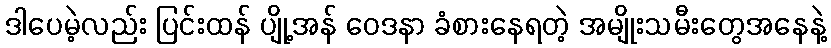
ဒါပေမဲ့လည်း ပြင်းထန် ပျို့အန် ဝေဒနာ ခံစားနေရတဲ့ အမျိုးသမီးတွေအနေနဲ့